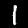
Digit: 1